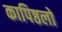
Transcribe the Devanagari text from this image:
कापिष्ठलो